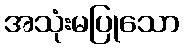
အသုံးမပြုသော